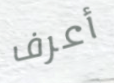
أعرف